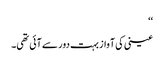
‘‘
عینی کی آواز بہت دور سے آئی تھی۔